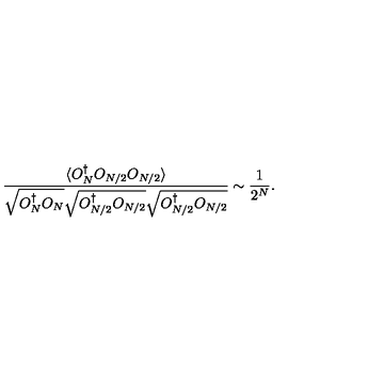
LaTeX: { \frac { \langle O _ { N } ^ { \dagger } O _ { N / 2 } O _ { N / 2 } \rangle } { \sqrt { O _ { N } ^ { \dagger } O _ { N } } \sqrt { O _ { N / 2 } ^ { \dagger } O _ { N / 2 } } \sqrt { O _ { N / 2 } ^ { \dagger } O _ { N / 2 } } } } \sim { \frac { 1 } { 2 ^ { N } } } .